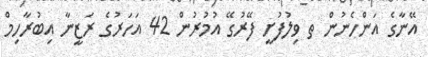
އޭނާގެ އަންހެނުން ތ ވިލުފުށީ ފޭރުގޭ އުމުރުން 42 އަހަރުގެ ރަޒީނާ އިބުރާހިމް